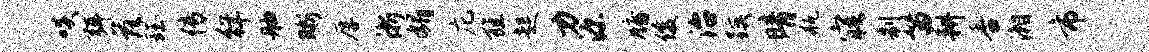
啖弭落珏传徉舳晰厚浙媚庀旌起力源牖俊治蹊晴瓶寤制笛耕香湘市